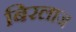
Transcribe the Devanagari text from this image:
बिरलाज